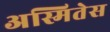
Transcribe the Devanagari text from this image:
अस्मितेस